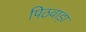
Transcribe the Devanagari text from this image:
पिठवाड़ा